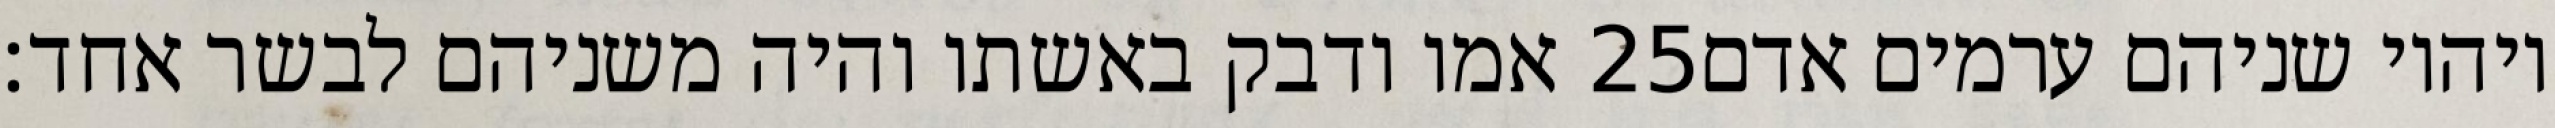
אמו ודבק באשתו והיה משניהם לבשר אחד׃ ‎25‏ ויהיו שניהם ערמים אדם